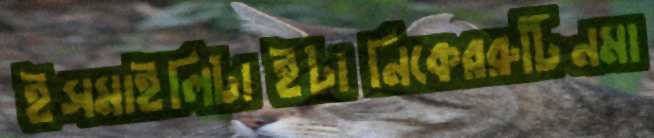
ইসমাইলিটাইটানিকেররুটিনমা